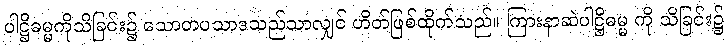
ပါဋ္ဌိဓမ္မကိုသိခြင်း၌ သောတပသာဒသည်သာလျှင် ဟိတ်ဖြစ်ထိုက်သည်။ ကြားနာဆဲပါဋ္ဌိဓမ္မ ကို သိခြင်း၌